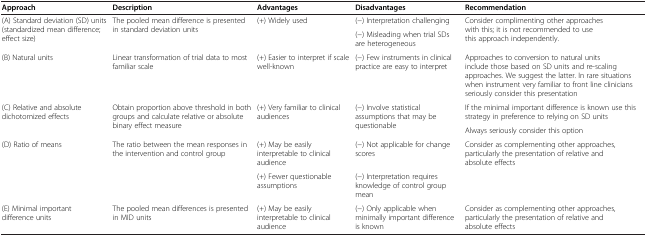
<table><thead><tr><td><b>Approach</b></td><td><b>Description</b></td><td><b>Advantages</b></td><td><b>Disadvantages</b></td><td><b>Recommendation</b></td></tr></thead><tbody><tr><td rowspan="2">(A) Standard deviation (SD) units (standardized mean difference; effect size)</td><td rowspan="2">The pooled mean difference is presented in standard deviation units</td><td rowspan="2">(+) Widely used</td><td>(-) Interpretation challenging</td><td rowspan="2">Consider complimenting other approaches with this; it is not recommended to use this approach independently.</td></tr><tr><td>(-) Misleading when trial SDs are heterogeneous</td></tr><tr><td>(B) Natural units</td><td>Linear transformation of trial data to most familiar scale</td><td>(+) Easier to interpret if scale well-known</td><td>(-) Few instruments in clinical practice are easy to interpret</td><td>Approaches to conversion to natural units include those based on SD units and re-scaling approaches. We suggest the latter. In rare situations when instrument very familiar to front line clinicians seriously consider this presentation</td></tr><tr><td rowspan="2">(C) Relative and absolute dichotomized effects</td><td rowspan="2">Obtain proportion above threshold in both groups and calculate relative or absolute binary effect measure</td><td rowspan="2">(+) Very familiar to clinical audiences</td><td rowspan="2">(-) Involve statistical assumptions that may be questionable</td><td>If the minimal important difference is known use this strategy in preference to relying on SD units</td></tr><tr><td>Always seriously consider this option</td></tr><tr><td rowspan="2">(D) Ratio of means</td><td rowspan="2">The ratio between the mean responses in the intervention and control group</td><td>(+) May be easily interpretable to clinical audience</td><td>(-) Not applicable for change scores</td><td rowspan="2">Consider as complementing other approaches, particularly the presentation of relative and absolute effects</td></tr><tr><td>(+) Fewer questionable assumptions</td><td>(-) Interpretation requires knowledge of control group mean</td></tr><tr><td>(E) Minimal important difference units</td><td>The pooled mean differences is presented in MID units</td><td>(+) May be easily interpretable to clinical audience</td><td>(-) Only applicable when minimally important difference is known</td><td>Consider as complementing other approaches, particularly the presentation of relative and absolute effects</td></tr></tbody></table>